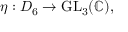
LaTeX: \eta : D _ { 6 } \to { \mathrm { G L } } _ { 3 } ( \mathbb { C } ) ,